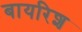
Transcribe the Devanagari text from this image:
बायरिश